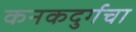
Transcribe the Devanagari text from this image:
कनकदुर्गचा